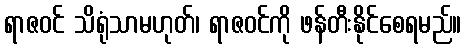
ရာဇဝင် သိရုံသာမဟုတ်၊ ရာဇဝင်ကို ဖန်တီးနိုင်စေရမည်။